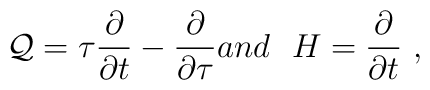
{\cal{Q}} = \tau \frac{\partial}{\partial t} - \frac{\partial}{\partial \tau} \\ and  \ \  H =\frac{\partial}{\partial t} \ ,